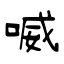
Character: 喴